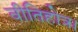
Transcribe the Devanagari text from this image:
वीतिहोत्र।